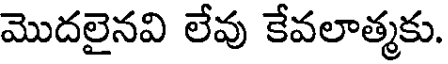
మొదలైనవి లేవు కేవలాత్మకు.